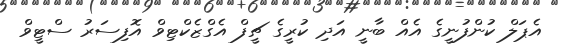
އެޕަލް ކުންފުނީގެ އެއް ބާނީ އަދި ކުރީގެ ޗީފް އެގްޒެކްޓިވް އޮފިސަރު ސްޓީވް